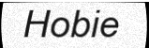
Hobie